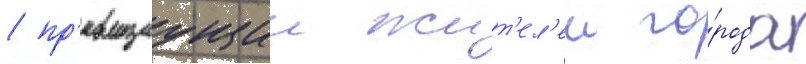
/ пр'евращаущии жит'ел'еи го́рода